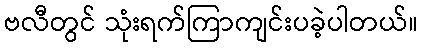
ဗလီတွင် သုံးရက်ကြာကျင်းပခဲ့ပါတယ်။